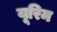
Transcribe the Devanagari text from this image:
यूरिम